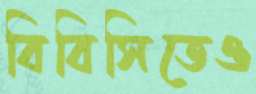
বিবিসিতেও